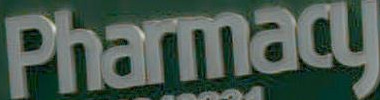
Pharmacy